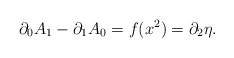
\begin{align*}\partial_0 A_1-\partial_1 A_0=f(x^2)=\partial_2\eta .\end{align*}